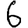
Digit: 6